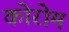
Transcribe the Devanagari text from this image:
कोरोम